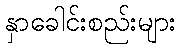
နှာခေါင်းစည်းများ